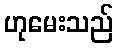
ဟုမေးသည်